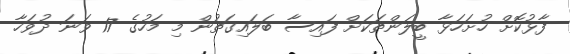
ފާޅުކޮށް ހުށަހަޅާ ބީލަންތަކަށް ފައިސާ ބަލައިގަތުން މި މަހުގެ 17 ވަނަ ދުވަހާ